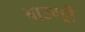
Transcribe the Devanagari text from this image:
बाउण्ड्री